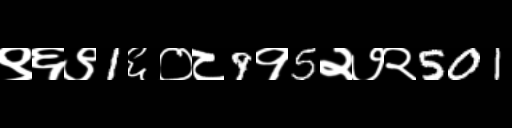
Text: ९६९1६०८9१5२७२501